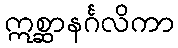
ဣစ္ဆာနင်္ဂလိကာ